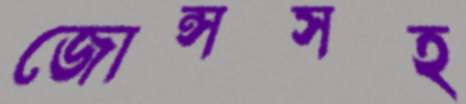
জোন্সসহ